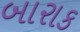
બારાક